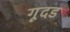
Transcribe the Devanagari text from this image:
गूदड